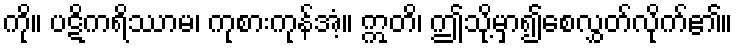
ကို။ ပဋိကရိဿာမ၊ ကုစားကုန်အံ့။ ဣတိ၊ ဤသို့မှာ၍စေလွှတ်လိုက်၏။